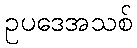
ဥပဒေအသစ်